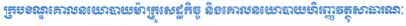
ក្របខណ្ឌគោលនយោបាយម៉ាក្រូសេដ្ឋកិច្ច និងគោលនយោបាយហិរញ្ញវត្ថុសាធារណៈ